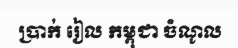
ប្រាក់ រៀល កម្ពុជា ចំណូល